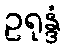
ဥရုန္ဒံ